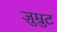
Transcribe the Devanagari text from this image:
ज़ुम्रुट